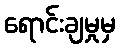
ရောင်းချမှုမှ